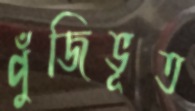
পুঁজিভূত